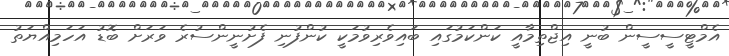
އެމްޓީސީސީން ބުނީ އިޖްތިމާއީ ކަންކަމުގައި ބައިވެރިވުމަކީ ކުންފުނި ފެށުނީންސުރެ ވަރަށް ބޮޑު އަހަމިއްޔަތު